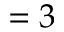
= 3